Annual report of the Punjab Veterinary College and of the Civil Veterinary Department, Punjab - 1926-1932
Year: 1926
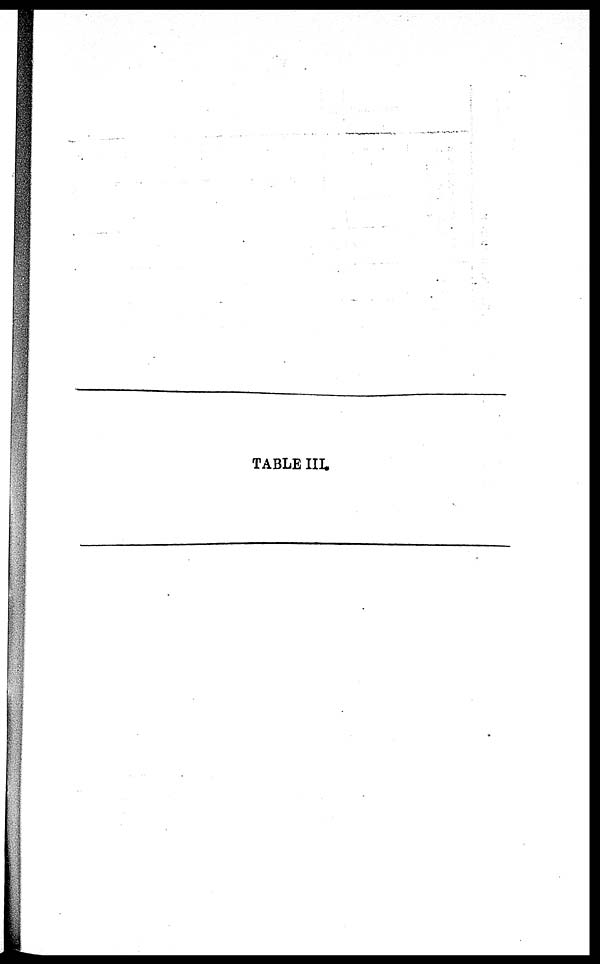
TABLE III